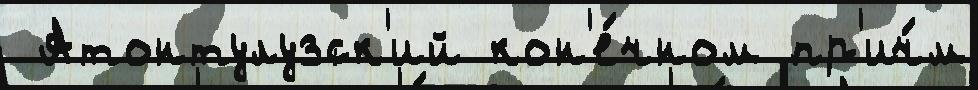
 Атонтулузск'ий кон'е́чном пр'ич́м